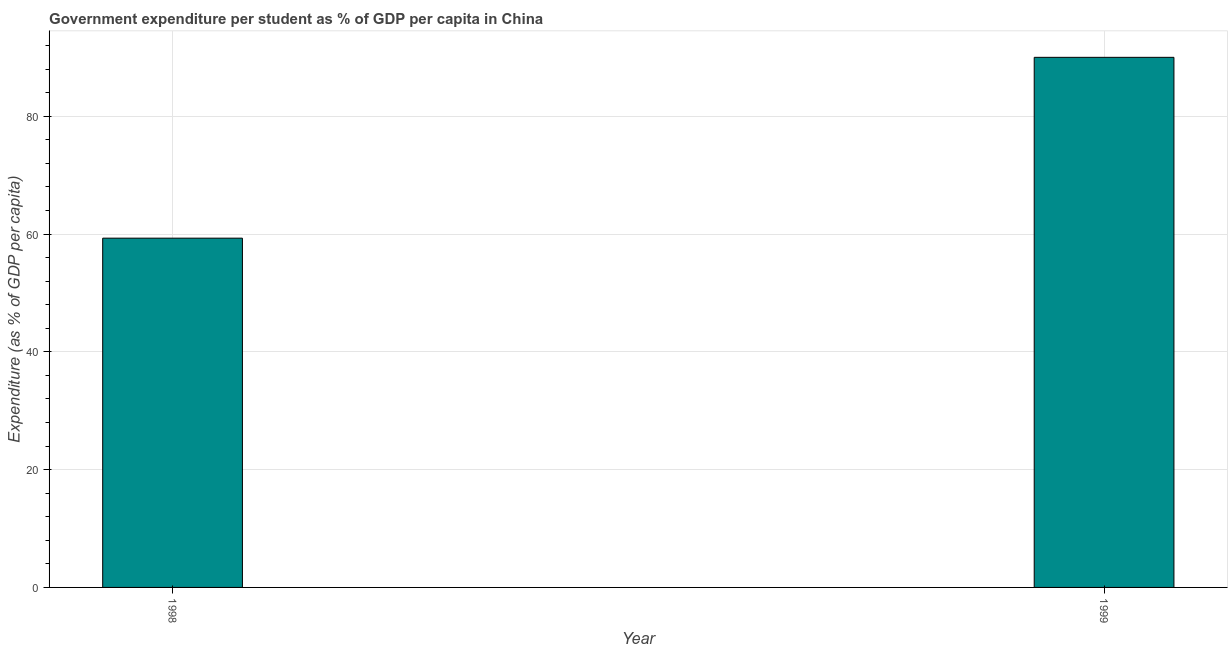
| Year | Government expenditure per tertiary student |
 | --- | --- |
 | 1998 | 59.3 |
 | 1999 | 90 |